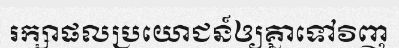
រក្សាផលប្រយោជន៍ឲ្យគ្នាទៅវិញ